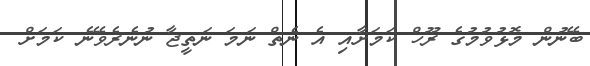
ބޭނުން މޮޅުވުމުގެ ރޫހް ކަމަށާއި އެ ނެތް ނަމަ ނަތީޖާ ނުނެރެވޭނެ ކަމަށް